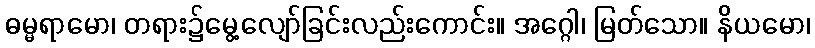
ဓမ္မရာမော၊ တရား၌မွေ့လျော်ခြင်းလည်းကောင်း။ အဂ္ဂေါ၊ မြတ်သော။ နိယမော၊